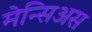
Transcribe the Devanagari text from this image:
मेन्सिअस